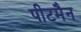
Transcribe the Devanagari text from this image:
पीटमैन